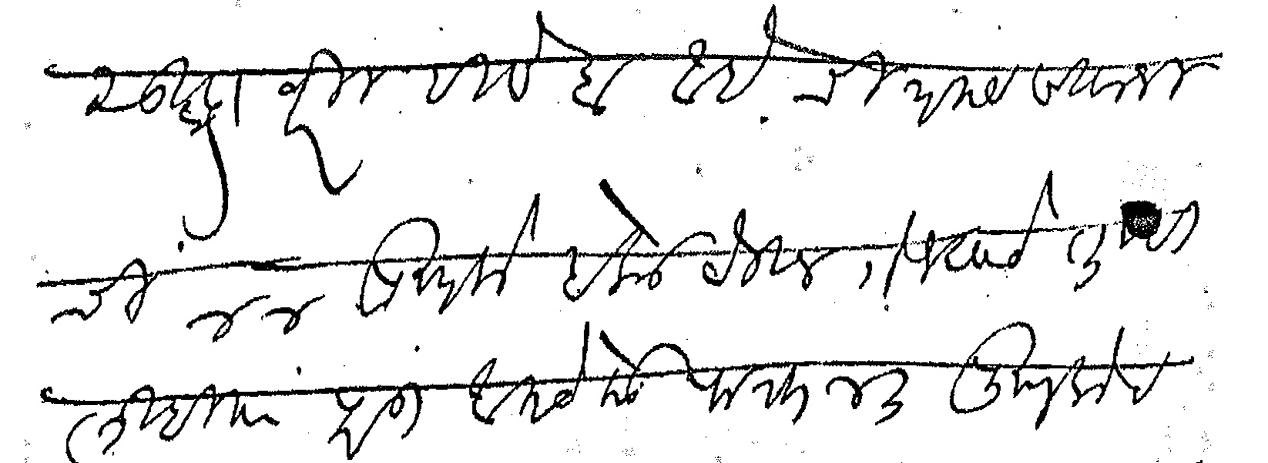
Transliteration (Devanagari): सुद्धा वरील हिसेब आहे चित्रमय शिवाजीची ४४ पुस्तके इकडे ठेउन गेल्याचे तुम्ही लिहिता परंतु आमचेकडे फक्त ४३ पुस्तकेच